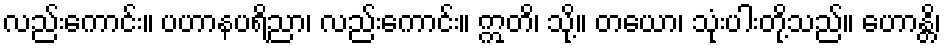
လည်းကောင်း။ ပဟာနပရိညာ၊ လည်းကောင်း။ ဣတိ၊ သို့။ တယော၊ သုံးပါးတို့သည်။ ဟောန္တိ၊